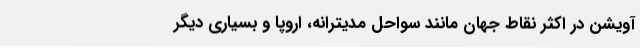
آویشن در اکثر نقاط جهان مانند سواحل مدیترانه، اروپا و بسیاری دیگر